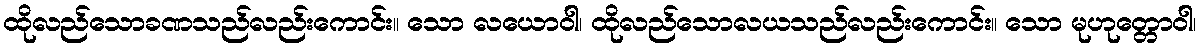
ထိုလည်သောခဏသည်လည်းကောင်း။ သော လယောဝါ၊ ထိုလည်သောလယသည်လည်းကောင်း။ သော မုဟုတ္တောဝါ၊